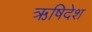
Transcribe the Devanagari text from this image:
ऋषिदेश